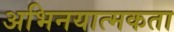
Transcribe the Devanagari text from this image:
अभिनयात्मकता